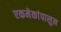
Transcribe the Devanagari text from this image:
एकमेकांपासुन